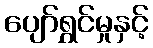
ပျော်ရွှင်မှုနှင့်